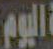
اليوم